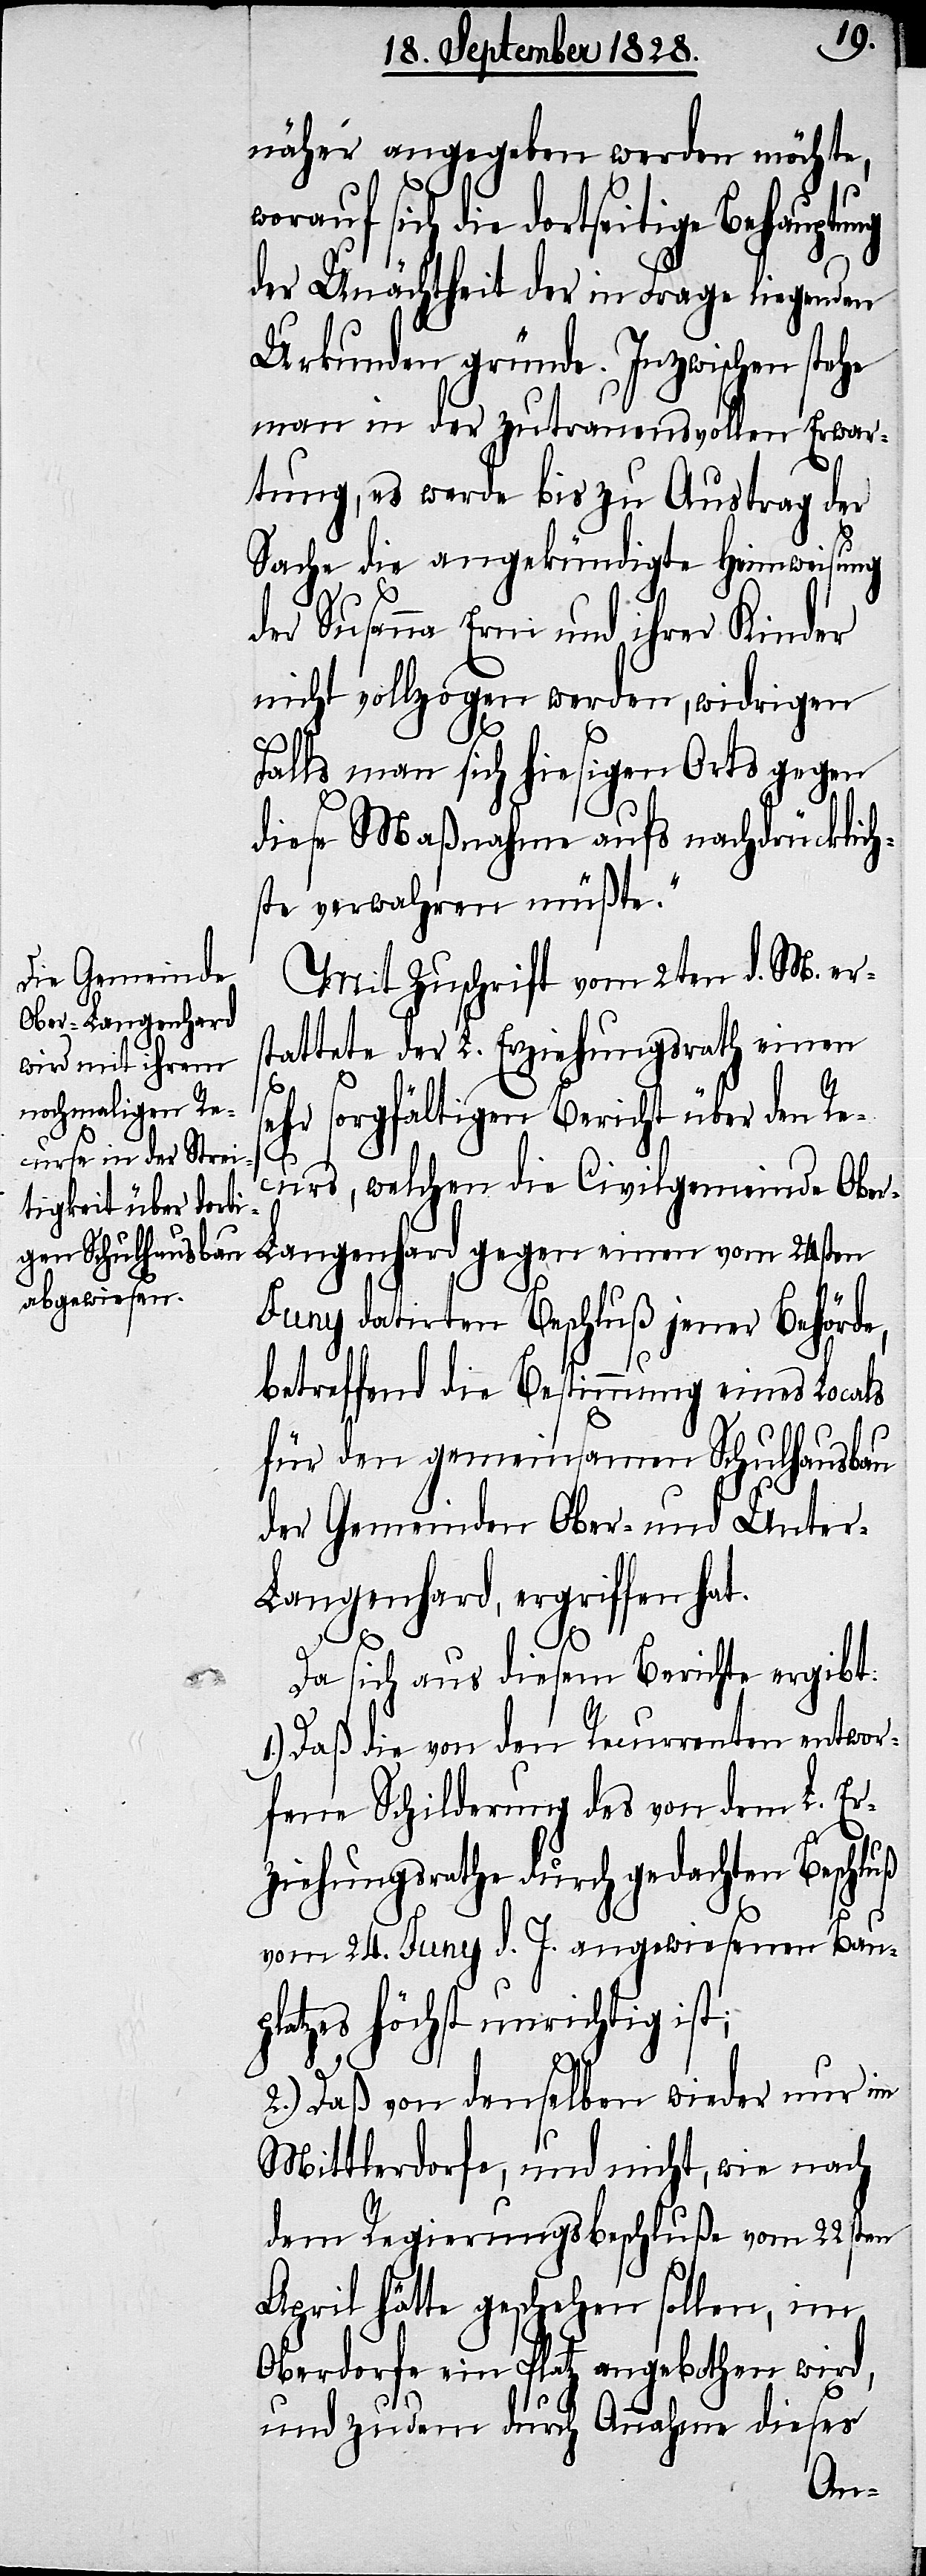
näher angegeben werden möchte,
sich die dortseitige Behauptung
der Unächtheit der in Frage liegenden
Urkunden gründe. Inzwischen stehe
man in der zutrauensvollen Erwar¬
tung, es werde bis zu Austrag der
Sache die angekündigte Heimweisung
der Susanna Erni und ihrer Kinder
nicht vollzogen werden, widrigen
Falls man sich hiesigen Orts gegen
diese Maßnahme aufs nachdrücklich¬
ste verwahren müßte.“
Mit Zuschrift vom 2ten d. M. er¬
stattete der L. Erziehungsrath einen
sehr sorgfältigen Bericht über den Re¬
curs, welchen die Civilgemeinde Obe¬
r-Langenhard gegen einen vom 24sten
Juny datirten Beschluß jener Behörde,
betreffend die Bestimmung eines Locals
für den gemeinsamen Schulhausbau
der Gemeinden Ober- und Unter-L¬
angenhard, ergriffen hat.
Da sich aus diesem Berichte ergibt:
1.) Daß die von den Recurrenten entwor¬
fene Schilderung des von dem L. Er¬
ziehungsrathe durch gedachten Beschluß
vom 24. Juny d. J. angewiesenen Baup¬
latzes höchst unrichtig ist;
2.) Daß von denselben wieder nur im
Mittlerdorfe, und nicht, wie nach
dem Regierungsbeschluße vom 22sten
April hätte geschehen sollen, im
Oberdorfe ein Platz angebothen wird,
und zudem durch Annahme dieses